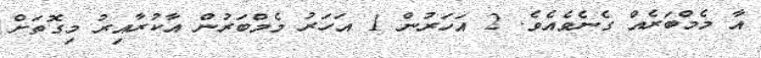
އާ މެމްބަރެއް ގެނެވެއެވެ. 2 އަހަރުން 1 އަހަރު މެމްބަރުން އާކުރާއިރު މިގޮތަށް